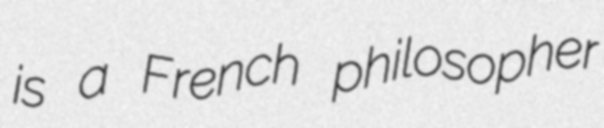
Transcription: is a French philosopher